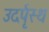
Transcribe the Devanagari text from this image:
उदर्पृस्थ